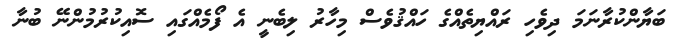
ބަޔާންކުރާނަމަ ދިވެހި ރައްޔިތެއްގެ ހައްޤުވެސް މިހާރު ލިބެނީ އެ ފޯމެއްގައި ސޮއިކުރުމުންނޭ ބުނާ